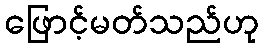
ဖြောင့်မတ်သည်ဟု